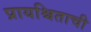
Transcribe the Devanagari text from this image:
प्रायश्चिताची